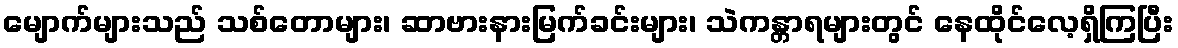
မျောက်များသည် သစ်တောများ၊ ဆာဗားနားမြက်ခင်းများ၊ သဲကန္တာရများတွင် နေထိုင်လေ့ရှိကြပြီး